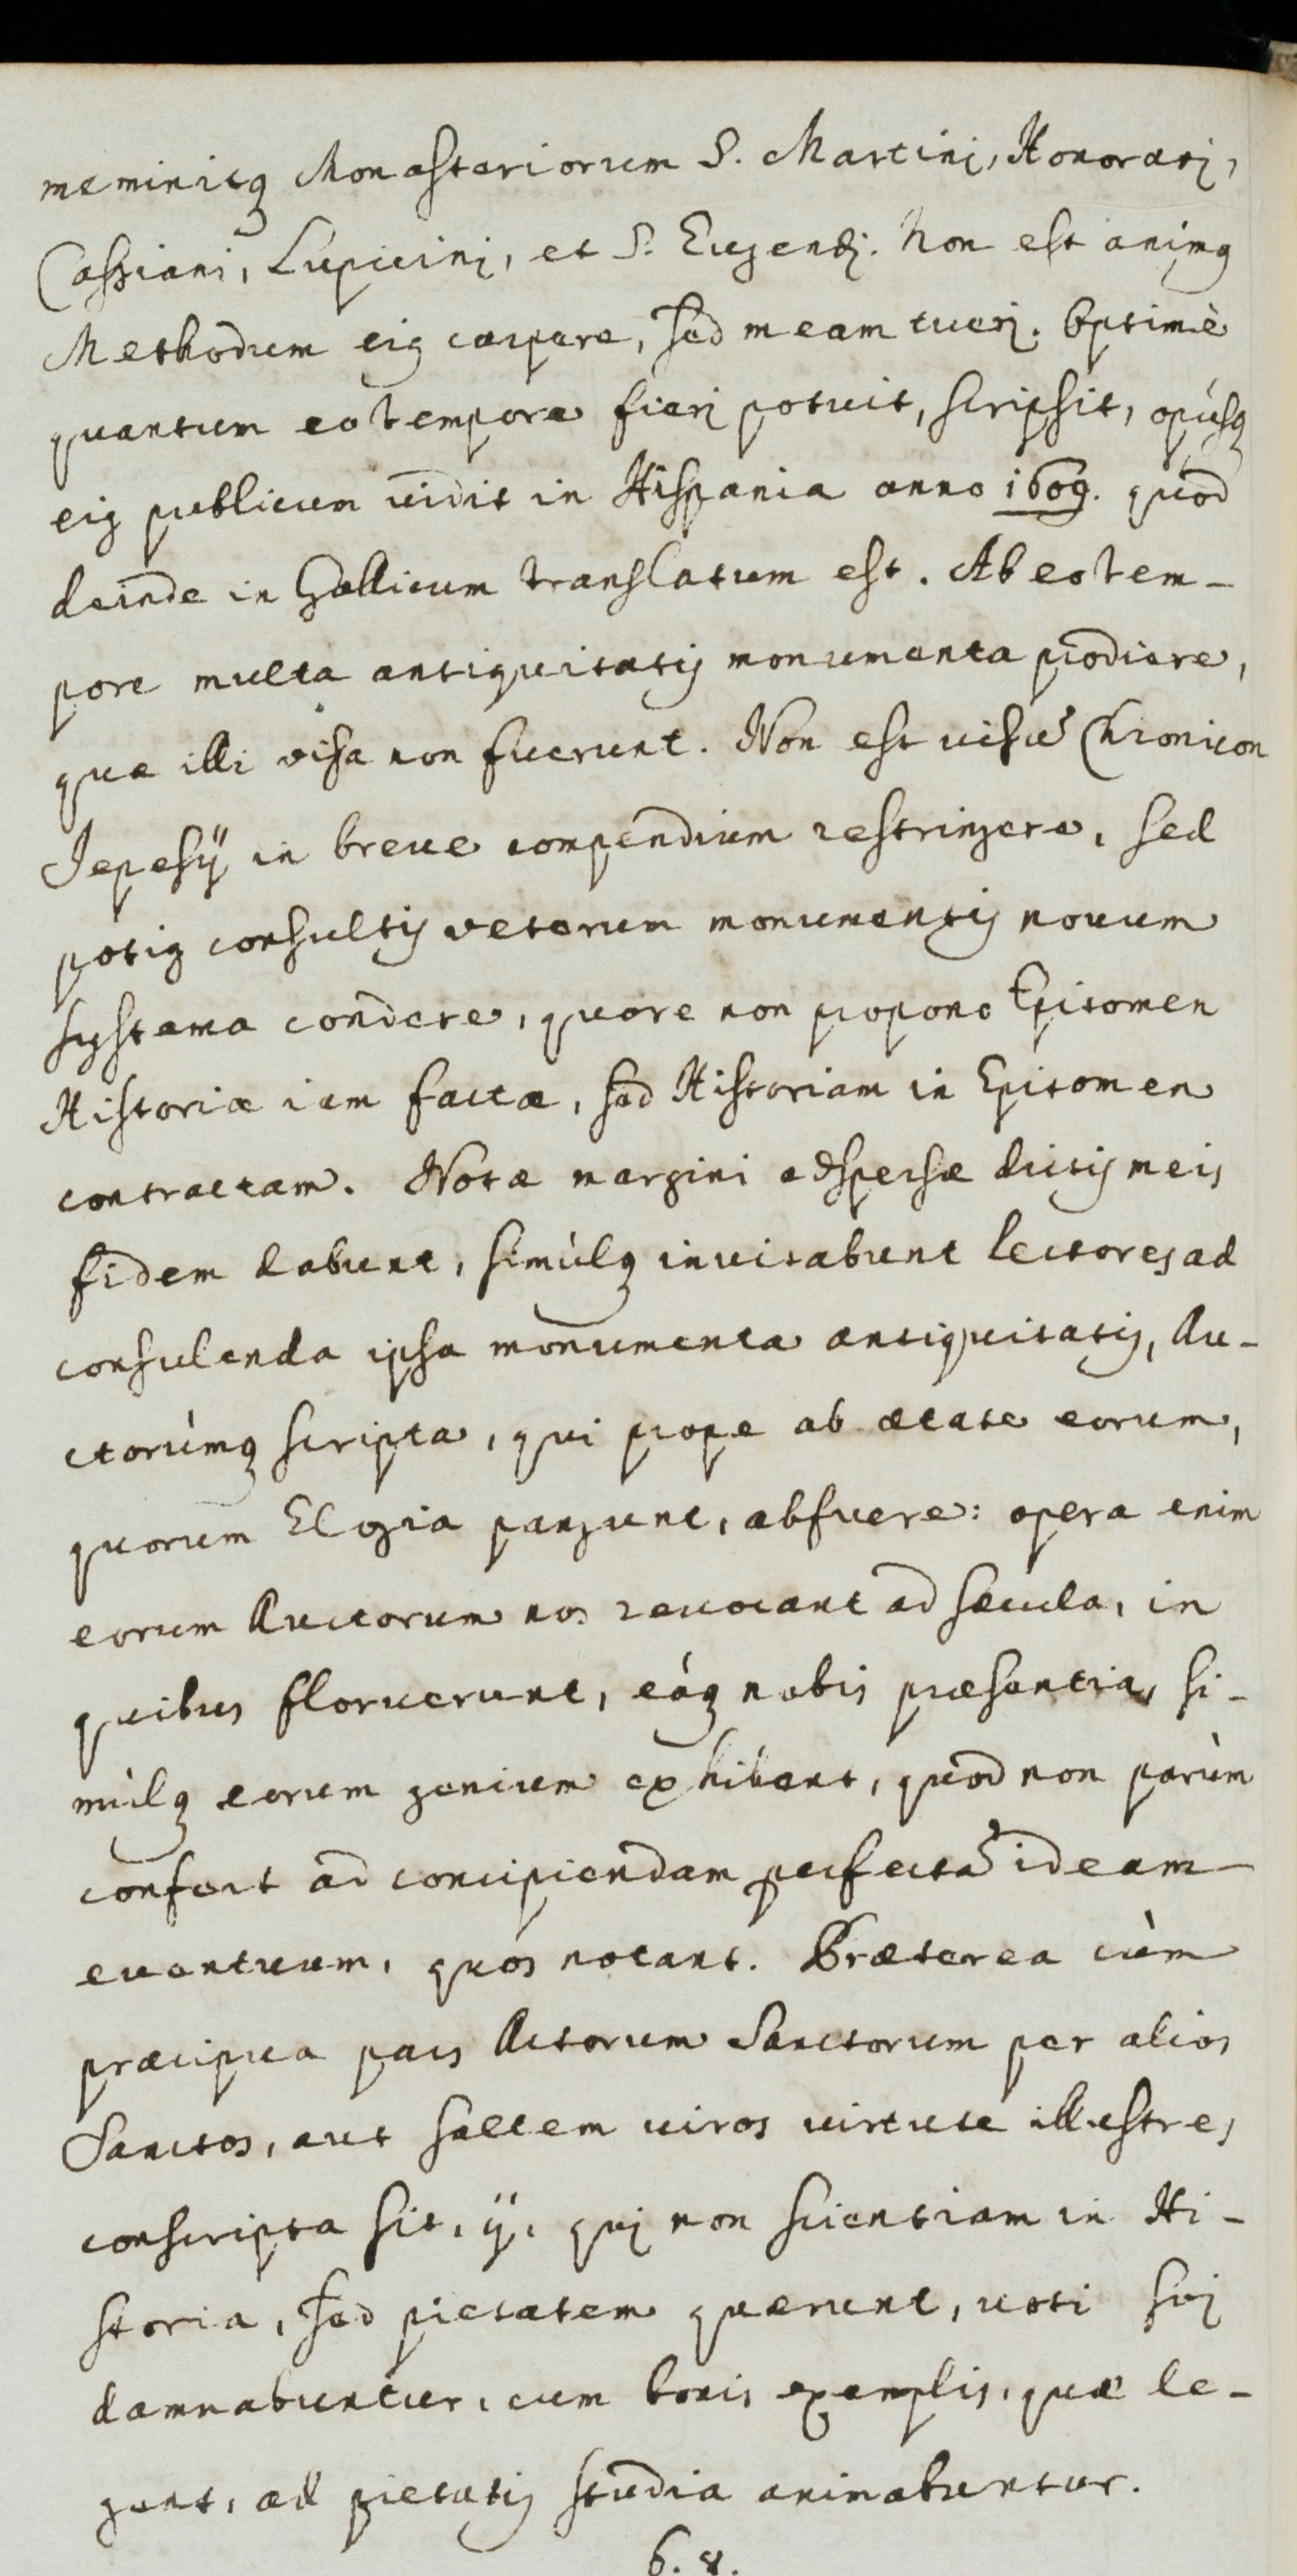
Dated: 1600–1699